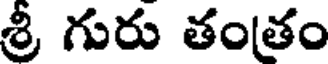
శ్రీ గురు తంతం